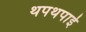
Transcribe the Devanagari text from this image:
थपथपाई